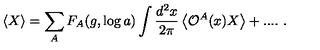
\left\langle X \right\rangle = \sum _ { A } F _ { A } ( g , \log a ) \int \frac { d ^ { 2 } x } { 2 \pi } \left\langle { \cal O } ^ { A } ( x ) X \right\rangle + . . . . \ .